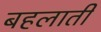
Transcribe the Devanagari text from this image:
बहलाती